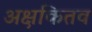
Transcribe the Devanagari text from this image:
अक्षकितव